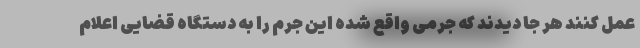
عمل کنند هر جا دیدند که جرمی واقع شده این جرم را به دستگاه قضایی اعلام